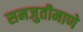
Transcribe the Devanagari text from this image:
समजुतीमाणे